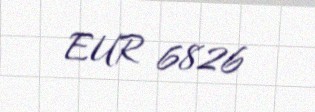
EUR 6826